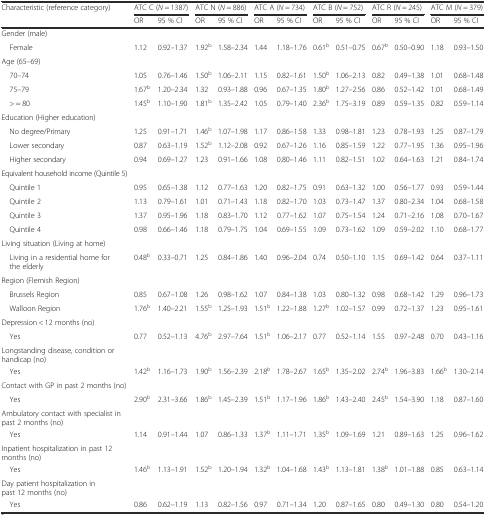
<table><thead><tr><td><b>Characteristic (reference category)</b></td><td colspan="2"><b>ATC C (<i>N</i> = 1387)</b></td><td colspan="2"><b>ATC N (<i>N</i> = 886)</b></td><td colspan="2"><b>ATC A (<i>N</i> = 734)</b></td><td colspan="2"><b>ATC B (<i>N</i> = 752)</b></td><td colspan="2"><b>ATC R (<i>N</i> = 245)</b></td><td colspan="2"><b>ATC M (<i>N</i> = 379)</b></td></tr><tr><td></td><td><b>OR</b></td><td><b>95 % CI</b></td><td><b>OR</b></td><td><b>95 % CI</b></td><td><b>OR</b></td><td><b>95 % CI</b></td><td><b>OR</b></td><td><b>95 % CI</b></td><td><b>OR</b></td><td><b>95 % CI</b></td><td><b>OR</b></td><td><b>95 % CI</b></td></tr></thead><tbody><tr><td>Gender (male)</td><td></td><td></td><td></td><td></td><td></td><td></td><td></td><td></td><td></td><td></td><td></td><td></td></tr><tr><td> Female</td><td>1.12</td><td>0.92–1.37</td><td>1.92<sup>b</sup></td><td>1.58–2.34</td><td>1.44</td><td>1.18–1.76</td><td>0.61<sup>b</sup></td><td>0.51–0.75</td><td>0.67<sup>b</sup></td><td>0.50–0.90</td><td>1.18</td><td>0.93–1.50</td></tr><tr><td>Age (65–69)</td><td></td><td></td><td></td><td></td><td></td><td></td><td></td><td></td><td></td><td></td><td></td><td></td></tr><tr><td> 70–74</td><td>1.05</td><td>0.76–1.46</td><td>1.50<sup>b</sup></td><td>1.06–2.11</td><td>1.15</td><td>0.82–1.61</td><td>1.50<sup>b</sup></td><td>1.06–2.13</td><td>0.82</td><td>0.49–1.38</td><td>1.01</td><td>0.68–1.48</td></tr><tr><td> 75–79</td><td>1.67<sup>b</sup></td><td>1.20–2.34</td><td>1.32</td><td>0.93–1.88</td><td>0.96</td><td>0.67–1.35</td><td>1.80<sup>b</sup></td><td>1.27–2.56</td><td>0.86</td><td>0.52–1.42</td><td>1.01</td><td>0.68–1.49</td></tr><tr><td> &gt; = 80</td><td>1.45<sup>b</sup></td><td>1.10–1.90</td><td>1.81<sup>b</sup></td><td>1.35–2.42</td><td>1.05</td><td>0.79–1.40</td><td>2.36<sup>b</sup></td><td>1.75–3.19</td><td>0.89</td><td>0.59–1.35</td><td>0.82</td><td>0.59–1.14</td></tr><tr><td>Education (Higher education)</td><td></td><td></td><td></td><td></td><td></td><td></td><td></td><td></td><td></td><td></td><td></td><td></td></tr><tr><td> No degree/Primary</td><td>1.25</td><td>0.91–1.71</td><td>1.46<sup>b</sup></td><td>1.07–1.98</td><td>1.17</td><td>0.86–1.58</td><td>1.33</td><td>0.98–1.81</td><td>1.23</td><td>0.78–1.93</td><td>1.25</td><td>0.87–1.79</td></tr><tr><td> Lower secondary</td><td>0.87</td><td>0.63–1.19</td><td>1.52<sup>b</sup></td><td>1.12–2.08</td><td>0.92</td><td>0.67–1.26</td><td>1.16</td><td>0.85–1.59</td><td>1.22</td><td>0.77–1.95</td><td>1.36</td><td>0.95–1.96</td></tr><tr><td> Higher secondary</td><td>0.94</td><td>0.69–1.27</td><td>1.23</td><td>0.91–1.66</td><td>1.08</td><td>0.80–1.46</td><td>1.11</td><td>0.82–1.51</td><td>1.02</td><td>0.64–1.63</td><td>1.21</td><td>0.84–1.74</td></tr><tr><td>Equivalent household income (Quintile 5)</td><td></td><td></td><td></td><td></td><td></td><td></td><td></td><td></td><td></td><td></td><td></td><td></td></tr><tr><td> Quintile 1</td><td>0.95</td><td>0.65–1.38</td><td>1.12</td><td>0.77–1.63</td><td>1.20</td><td>0.82–1.75</td><td>0.91</td><td>0.63–1.32</td><td>1.00</td><td>0.56–1.77</td><td>0.93</td><td>0.59–1.44</td></tr><tr><td> Quintile 2</td><td>1.13</td><td>0.79–1.61</td><td>1.01</td><td>0.71–1.43</td><td>1.18</td><td>0.82–1.70</td><td>1.03</td><td>0.73–1.47</td><td>1.37</td><td>0.80–2.34</td><td>1.04</td><td>0.68–1.58</td></tr><tr><td> Quintile 3</td><td>1.37</td><td>0.95–1.96</td><td>1.18</td><td>0.83–1.70</td><td>1.12</td><td>0.77–1.62</td><td>1.07</td><td>0.75–1.54</td><td>1.24</td><td>0.71–2.16</td><td>1.08</td><td>0.70–1.67</td></tr><tr><td> Quintile 4</td><td>0.98</td><td>0.66–1.46</td><td>1.18</td><td>0.79–1.75</td><td>1.04</td><td>0.69–1.55</td><td>1.09</td><td>0.73–1.62</td><td>1.09</td><td>0.59–2.02</td><td>1.10</td><td>0.68–1.77</td></tr><tr><td>Living situation (Living at home)</td><td></td><td></td><td></td><td></td><td></td><td></td><td></td><td></td><td></td><td></td><td></td><td></td></tr><tr><td> Living in a residential home for the elderly</td><td>0.48<sup>b</sup></td><td>0.33–0.71</td><td>1.25</td><td>0.84–1.86</td><td>1.40</td><td>0.96–2.04</td><td>0.74</td><td>0.50–1.10</td><td>1.15</td><td>0.69–1.42</td><td>0.64</td><td>0.37–1.11</td></tr><tr><td>Region (Flemish Region)</td><td></td><td></td><td></td><td></td><td></td><td></td><td></td><td></td><td></td><td></td><td></td><td></td></tr><tr><td> Brussels Region</td><td>0.85</td><td>0.67–1.08</td><td>1.26</td><td>0.98–1.62</td><td>1.07</td><td>0.84–1.38</td><td>1.03</td><td>0.80–1.32</td><td>0.98</td><td>0.68–1.42</td><td>1.29</td><td>0.96–1.73</td></tr><tr><td> Walloon Region</td><td>1.76<sup>b</sup></td><td>1.40–2.21</td><td>1.55<sup>b</sup></td><td>1.25–1.93</td><td>1.51<sup>b</sup></td><td>1.22–1.88</td><td>1.27<sup>b</sup></td><td>1.02–1.57</td><td>0.99</td><td>0.72–1.37</td><td>1.23</td><td>0.95–1.61</td></tr><tr><td>Depression &lt; 12 months (no)</td><td></td><td></td><td></td><td></td><td></td><td></td><td></td><td></td><td></td><td></td><td></td><td></td></tr><tr><td> Yes</td><td>0.77</td><td>0.52–1.13</td><td>4.76<sup>b</sup></td><td>2.97–7.64</td><td>1.51<sup>b</sup></td><td>1.06–2.17</td><td>0.77</td><td>0.52–1.14</td><td>1.55</td><td>0.97–2.48</td><td>0.70</td><td>0.43–1.16</td></tr><tr><td>Longstanding disease, condition or handicap (no)</td><td></td><td></td><td></td><td></td><td></td><td></td><td></td><td></td><td></td><td></td><td></td><td></td></tr><tr><td> Yes</td><td>1.42<sup>b</sup></td><td>1.16–1.73</td><td>1.90<sup>b</sup></td><td>1.56–2.39</td><td>2.18<sup>b</sup></td><td>1.78–2.67</td><td>1.65<sup>b</sup></td><td>1.35–2.02</td><td>2.74<sup>b</sup></td><td>1.96–3.83</td><td>1.66<sup>b</sup></td><td>1.30–2.14</td></tr><tr><td>Contact with GP in past 2 months (no)</td><td></td><td></td><td></td><td></td><td></td><td></td><td></td><td></td><td></td><td></td><td></td><td></td></tr><tr><td> Yes</td><td>2.90<sup>b</sup></td><td>2.31–3.66</td><td>1.86<sup>b</sup></td><td>1.45–2.39</td><td>1.51<sup>b</sup></td><td>1.17–1.96</td><td>1.86<sup>b</sup></td><td>1.43–2.40</td><td>2.45<sup>b</sup></td><td>1.54–3.90</td><td>1.18</td><td>0.87–1.60</td></tr><tr><td>Ambulatory contact with specialist in past 2 months (no)</td><td></td><td></td><td></td><td></td><td></td><td></td><td></td><td></td><td></td><td></td><td></td><td></td></tr><tr><td> Yes</td><td>1.14</td><td>0.91–1.44</td><td>1.07</td><td>0.86–1.33</td><td>1.37<sup>b</sup></td><td>1.11–1.71</td><td>1.35<sup>b</sup></td><td>1.09–1.69</td><td>1.21</td><td>0.89–1.63</td><td>1.25</td><td>0.96–1.62</td></tr><tr><td>Inpatient hospitalization in past 12 months (no)</td><td></td><td></td><td></td><td></td><td></td><td></td><td></td><td></td><td></td><td></td><td></td><td></td></tr><tr><td> Yes</td><td>1.46<sup>b</sup></td><td>1.13–1.91</td><td>1.52<sup>b</sup></td><td>1.20–1.94</td><td>1.32<sup>b</sup></td><td>1.04–1.68</td><td>1.43<sup>b</sup></td><td>1.13–1.81</td><td>1.38<sup>b</sup></td><td>1.01–1.88</td><td>0.85</td><td>0.63–1.14</td></tr><tr><td>Day patient hospitalization in past 12 months (no)</td><td></td><td></td><td></td><td></td><td></td><td></td><td></td><td></td><td></td><td></td><td></td><td></td></tr><tr><td> Yes</td><td>0.86</td><td>0.62–1.19</td><td>1.13</td><td>0.82–1.56</td><td>0.97</td><td>0.71–1.34</td><td>1.20</td><td>0.87–1.65</td><td>0.80</td><td>0.49–1.30</td><td>0.80</td><td>0.54–1.20</td></tr></tbody></table>